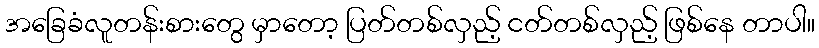
အခြေခံလူတန်းစားတွေ မှာတော့ ပြတ်တစ်လှည့် ငတ်တစ်လှည့် ဖြစ်နေ တာပါ။